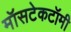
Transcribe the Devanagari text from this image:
मॉसटेकटॉमी